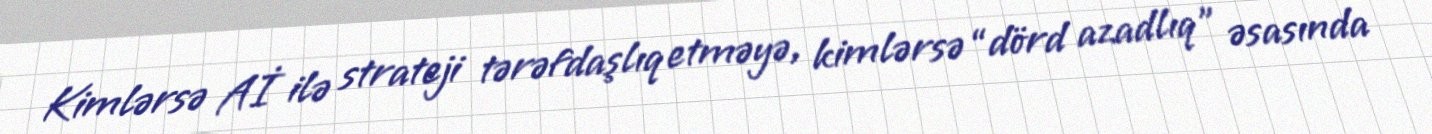
Kimlərsə Aİ ilə strateji tərəfdaşlıq etməyə, kimlərsə “dörd azadlıq” əsasında